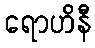
ရောဟိနီ